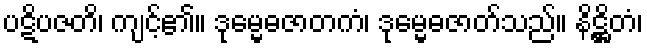
ပဋိပဇတိ၊ ကျင့်၏။ ဒုမ္မေဓဇာတကံ၊ ဒုမ္မေဓဇာတ်သည်။ နိဋ္ဌိတံ၊